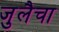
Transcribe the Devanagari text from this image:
जुलैचा